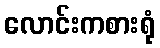
လောင်းကစားရုံ